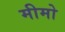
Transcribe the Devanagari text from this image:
मीमो